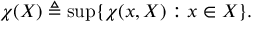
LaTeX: \chi ( X ) \triangleq \operatorname* { s u p } \{ \chi ( x , X ) : x \in X \} .